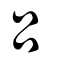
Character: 呂